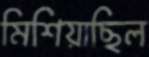
মিশিয়াছিল